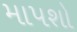
માપશો